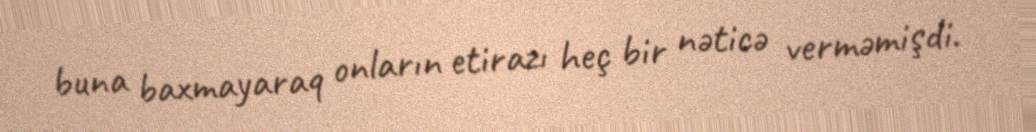
buna baxmayaraq onların etirazı heç bir nəticə verməmişdi.